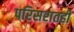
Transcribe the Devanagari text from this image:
परिसरातही